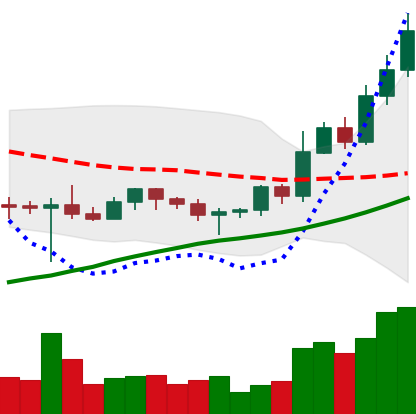
Ticker: BNB-USD
Chart end date: 2022-10-30
Forward return: 12.957%
Label: up_7plus